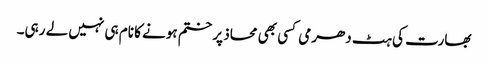
بھارت کی ہٹ دھرمی کسی بھی محاذ پر ختم ہونے کا نام ہی نہیں لے رہی۔